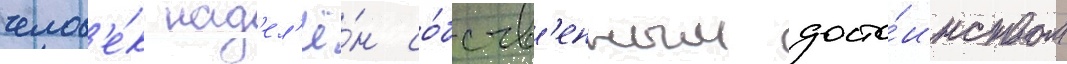
челов'е́к над'ел'ё́н со́бств'енным досто́инством